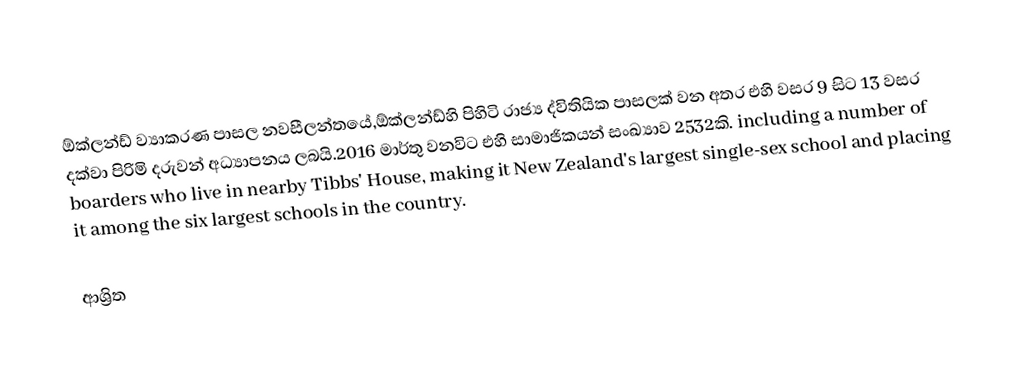
ඕක්ලන්ඩ් ව්‍යාකරණ පාසල  නවසීලන්තයේ,ඕක්ලන්ඩ්හි පිහිටි රාජ්‍ය ද්විතියික පාසලක් වන අතර එහි වසර 9 සිට 13 වසර දක්වා පිරිමි දරුවන් අධ්‍යාපනය ලබයි.2016 මාර්තු වනවිට එහි සාමාජිකයන් සංඛ්‍යාව 2532කි. including a number of boarders who live in nearby Tibbs' House, making it New Zealand's largest single-sex school and placing it among the six largest schools in the country.

ආශ්‍රිත